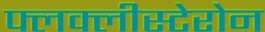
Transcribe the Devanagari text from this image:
फ्लक्लीस्टेरोन